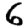
Digit: 6